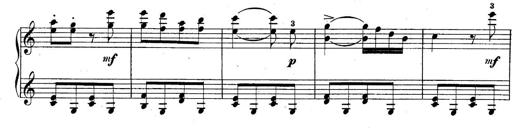
Title: 10 Sonatines progressives
Composer: Anton Schmoll